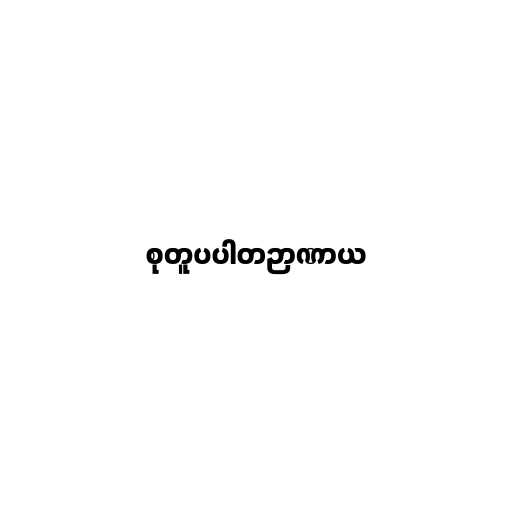
စုတူပပါတဉာဏာယ